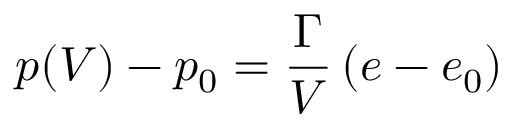
p ( V ) - p _ { 0 } = { \frac { \Gamma } { V } } \left( e - e _ { 0 } \right)